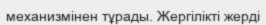
механизмінен тұрады. Жергілікті жерді